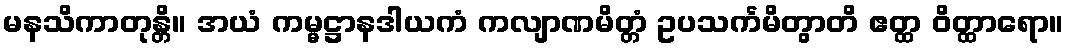
မနသိကာတုန္တိ။ အယံ ကမ္မဋ္ဌာနဒါယကံ ကလျာဏမိတ္တံ ဥပသင်္ကမိတွာတိ ဧတ္ထ ဝိတ္ထာရော။